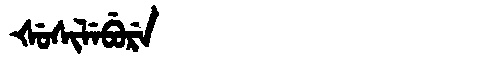
Manchu: ᡧᡠᠰᡳᠯᡝᠪᡠᡵᡝ
Romanization: ŠUSILEBURE